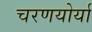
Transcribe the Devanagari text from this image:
चरणयोर्या